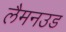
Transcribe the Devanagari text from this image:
लैमनउड